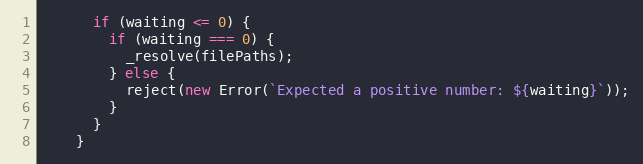
Language: JavaScript
      if (waiting <= 0) {
        if (waiting === 0) {
          _resolve(filePaths);
        } else {
          reject(new Error(`Expected a positive number: ${waiting}`));
        }
      }
    }